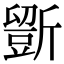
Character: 𣃃